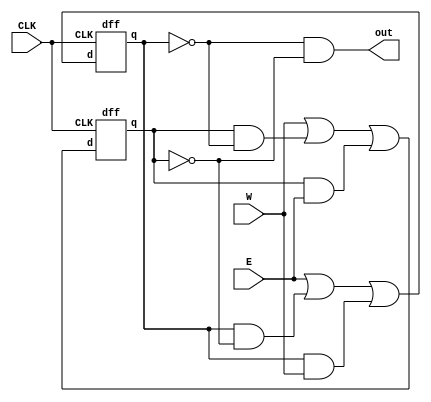
module q6_structural(out, E, W, CLK);
	input E,W,CLK;
	output out;
	wire g1,g2,g3,g4,g5,g6,qa,qb;

	and and1(g1,qa,~qb);
	and and2(g2,qa,W);
	or or1(g3,E,g1,g2);
	dff dffa(qa,g3,CLK);

	and and3(g4,qb,~qa);
	and and4(g5,qb,E);
	or or2(g6,W,g4,g5);
	dff dffb(qb,g6,CLK);

	and and5(out,~qa,~qb);

endmodule


module dff(q,d,CLK);
	input d, CLK;
	output q;
	reg q;

	initial q = 0;
	always @(posedge CLK) 
		begin
			q <= d;
		end

endmodule